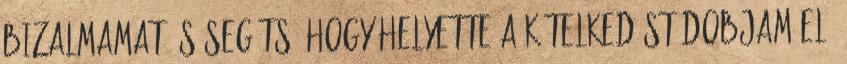
bizalmamat, s segíts, hogy helyette a kételkedést dobjam el.